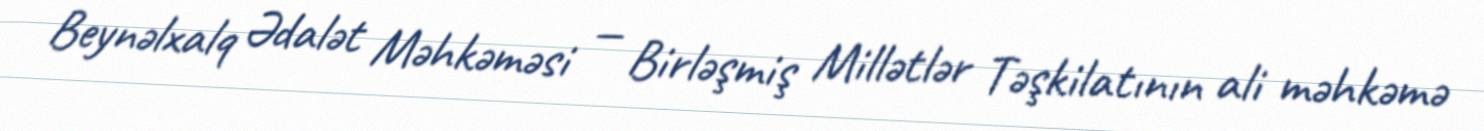
Beynəlxalq Ədalət Məhkəməsi — Birləşmiş Millətlər Təşkilatının ali məhkəmə